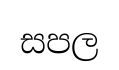
සපල